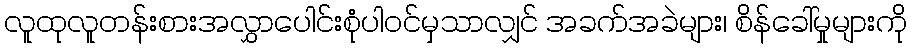
လူထုလူတန်းစားအလွှာပေါင်းစုံပါဝင်မှသာလျှင် အခက်အခဲများ၊ စိန်ခေါ်မှုများကို